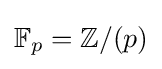
\mathbb {F} _{p}=\mathbb {Z} /(p)